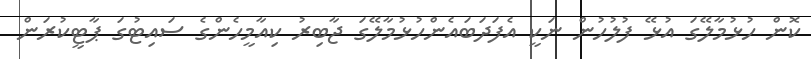
ކޮން ހުޅުމާލޭގަ އުޅޭ ފުލުހުން ނަކީ އެފަދަބައެންހުޅުމާލޭގަ ޖާބިރު ކިއާމީހެންގެ ސައިޓުގަ ޕާޓީކުރަން